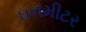
ઘનમીટર